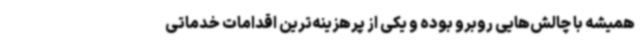
همیشه با چالش‌هایی روبرو بوده و یکی از پرهزینه‌ترین اقدامات خدماتی